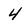
Character: 4